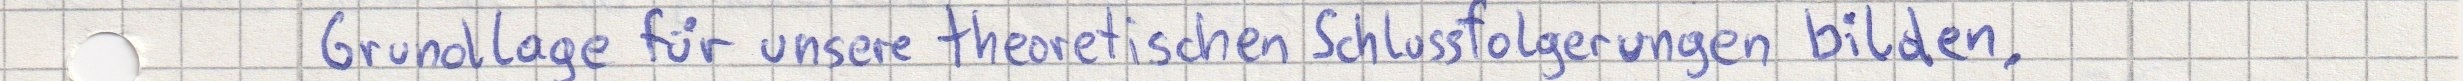
Grundlage für unsere theoretischen Schlussfolgerungen bilden,